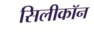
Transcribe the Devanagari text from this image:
सिलीकॉन